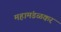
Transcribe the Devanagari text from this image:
महामंडळकर